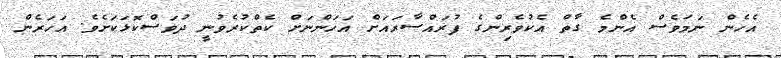
އެހެން ނަމަވެސް އެންމެ ގާތް އެކުވެރިންގެ ފުރައްސާރައަށް އަހަންނަށް ކެތްކުރެވުނީ ދުވަސްކޮޅަކަށެވެ. އަހަރެން